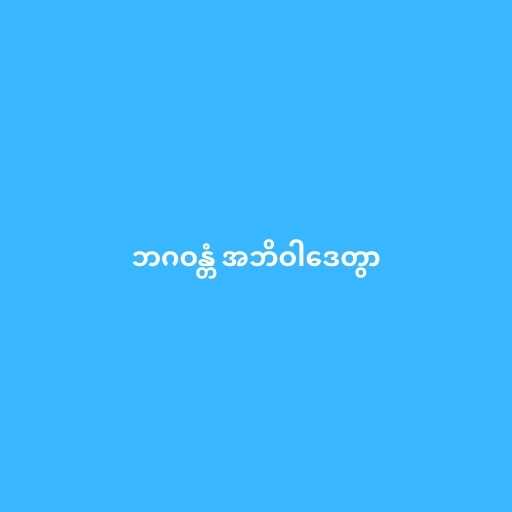
ဘဂဝန္တံ အဘိဝါဒေတွာ